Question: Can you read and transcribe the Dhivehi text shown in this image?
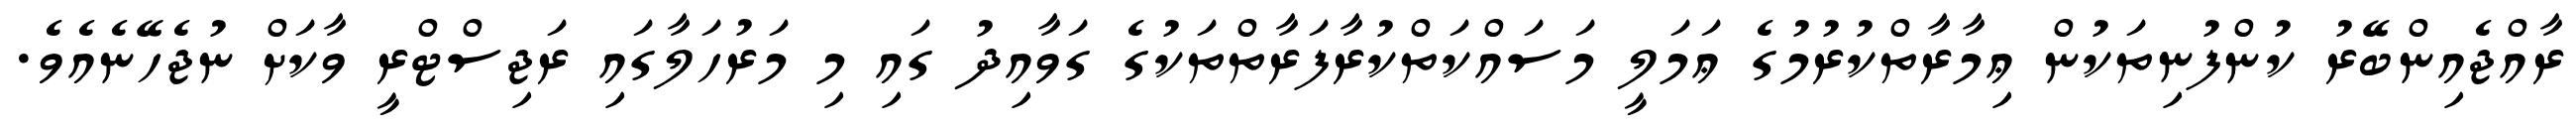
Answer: ރާއްޖެއިންބޭރު ކުންފުނިތަކުން ޢިމާރާތްކުރުމުގެ ޢަމަލީ މަސައްކަތްކުރާފަރާތްތަކުގެ ގަވާއިދު ގައި މި މަރުހަލާގައި ރަޖިސްޓްރީ ވާކަށް ނުޖެހޭނެއެވެ.